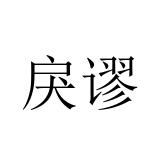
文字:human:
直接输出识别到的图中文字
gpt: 戾谬